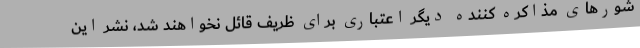
شورهای مذاکره کننده دیگر اعتباری برای ظریف قائل نخواهند شد، نشر این